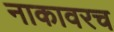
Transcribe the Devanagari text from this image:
नाकावरच